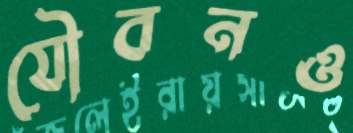
যৌবনও